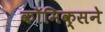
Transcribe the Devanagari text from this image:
कॉमिक्सने